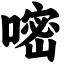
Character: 嘧